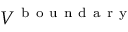
V ^ { \mathrm { ~ b ~ o ~ u ~ n ~ d ~ a ~ r ~ y ~ } }